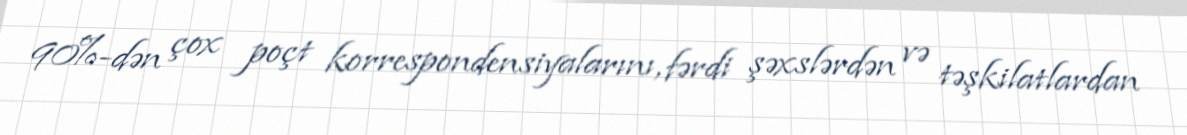
90%-dən çox poçt korrespondensiyalarını, fərdi şəxslərdən və təşkilatlardan